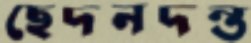
ছেদনদন্ত